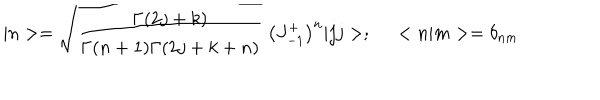
| n > = \sqrt { \frac { \Gamma ( 2 j + k ) } { \Gamma ( n + 1 ) \Gamma ( 2 j + k + n ) } } \; \left( J _ { - 1 } ^ { + } \right) ^ { n } | j j > ; \; \; < n | m > = \delta _ { n m }